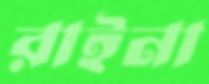
রাইনা